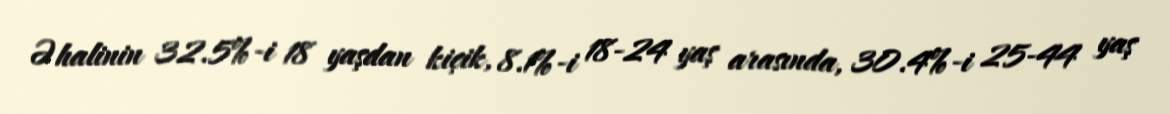
Əhalinin 32.5%-i 18 yaşdan kiçik, 8.1%-i 18-24 yaş arasında, 30.4%-i 25-44 yaş